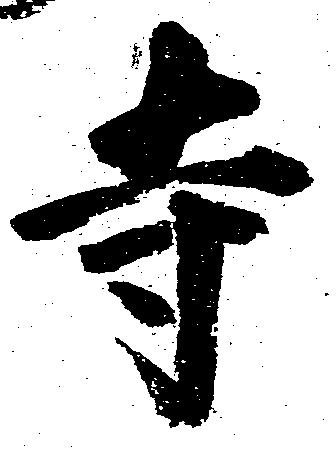
寺